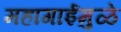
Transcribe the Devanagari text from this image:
महागाईमुळे